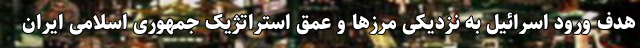
هدف ورود اسرائیل به نزدیکی مرز‌ها و عمق استراتژیک جمهوری اسلامی ایران